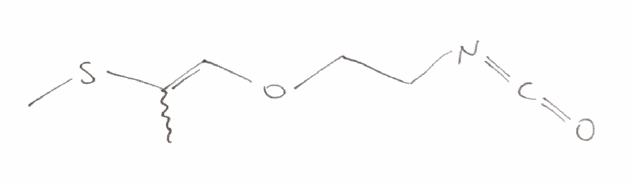
Simplified molecular-input line-entry system (SMILES) notation of the given molecule:
CC(=COCCN=C=O)SC